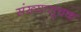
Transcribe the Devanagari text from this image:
संख्यासूचक